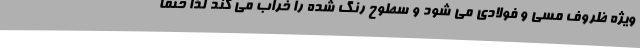
ویژه ظروف مسی و فولادی می شود و سطوح رنگ شده را خراب می کند لذا حتما